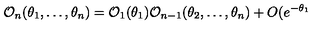
\mathcal { O } _ { n } ( \theta _ { 1 } , \dots , \theta _ { n } ) = \mathcal { O } _ { 1 } ( \theta _ { 1 } ) \mathcal { O } _ { n - 1 } ( \theta _ { 2 } , \dots , \theta _ { n } ) + O ( e ^ { - \theta _ { 1 } }